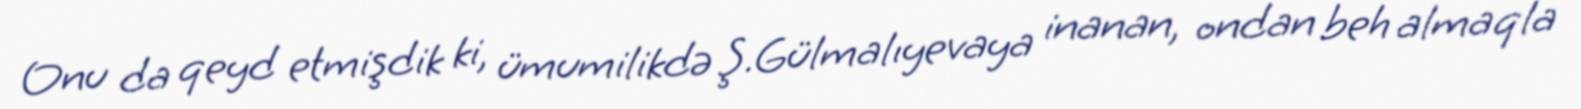
Onu da qeyd etmişdik ki, ümumilikdə Ş.Gülmalıyevaya inanan, ondan beh almaqla